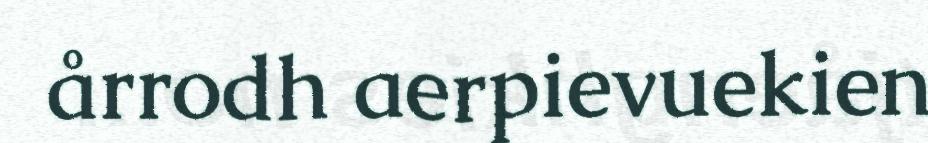
årrodh aerpievuekien